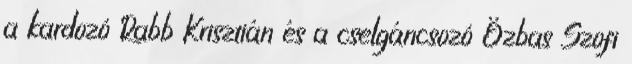
a kardozó Rabb Krisztián és a cselgáncsozó Özbas Szofi